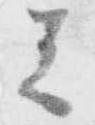
者